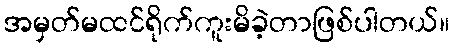
အမှတ်မထင်ရိုက်ကူးမိခဲ့တာဖြစ်ပါတယ်။